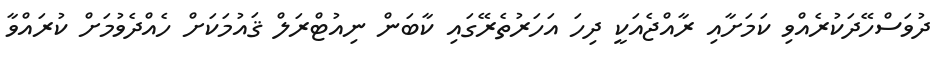
ދުވަސްހޭދަކުރެއްވި ކަމަށާއި ރާއްޖެއަކީ ދިހަ އަހަރުތެރޭގައި ކާބަން ނިއުޓްރަލް ޤައުމަކަށް ހެއްދެވުމަށް ކުރައްވާ